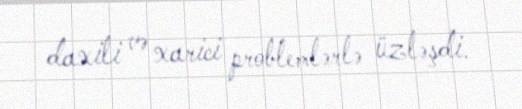
daxili və xarici problemlərlə üzləşdi.